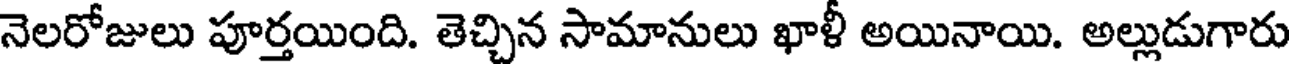
నెలరోజులు పూర్తయింది. తెచ్చిన సామానులు ఖాళీ అయినాయి. అల్లుడుగారు